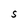
Character: S